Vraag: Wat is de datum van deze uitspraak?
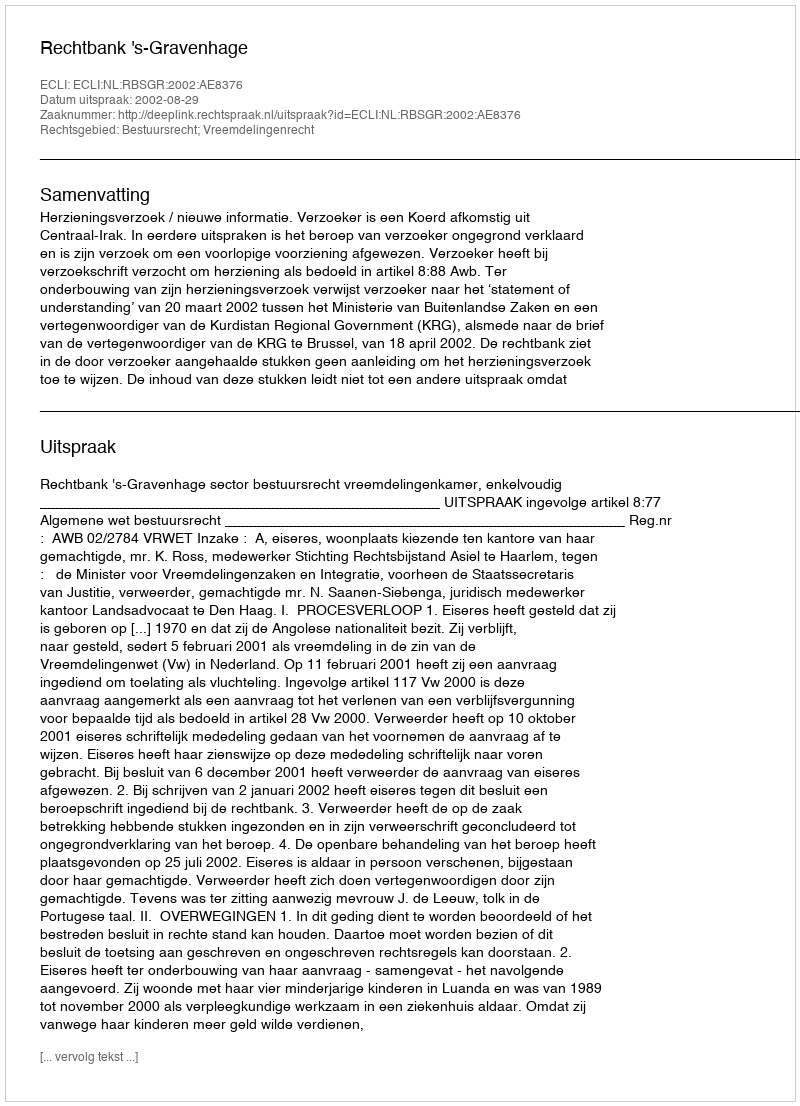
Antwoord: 2002-08-29